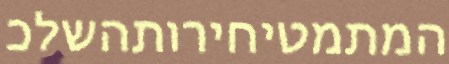
המתמטיחירותהשלכ